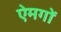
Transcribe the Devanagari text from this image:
ऐमगों